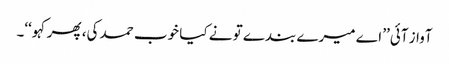
آواز آئی’’ اے میرے بندے تو نے کیا خوب حمد کی، پھر کہو‘‘۔